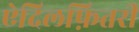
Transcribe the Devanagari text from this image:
ऐदिलफ़ितरी